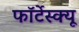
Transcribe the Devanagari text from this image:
फॉर्टेस्क्यू